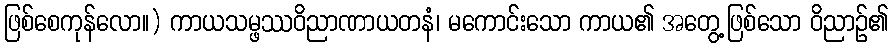
ဖြစ်စေကုန်လော။) ကာယသမ္ဖဿဝိညာဏာယတနံ၊ မကောင်းသော ကာယ၏ အတွေ့ဖြစ်သော ဝိညာဉ်၏